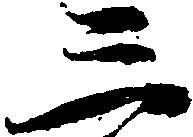
三